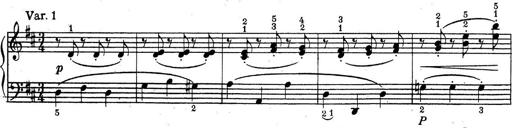
Title: ÄŒeskÃ© Sonatiny
Composer: Various